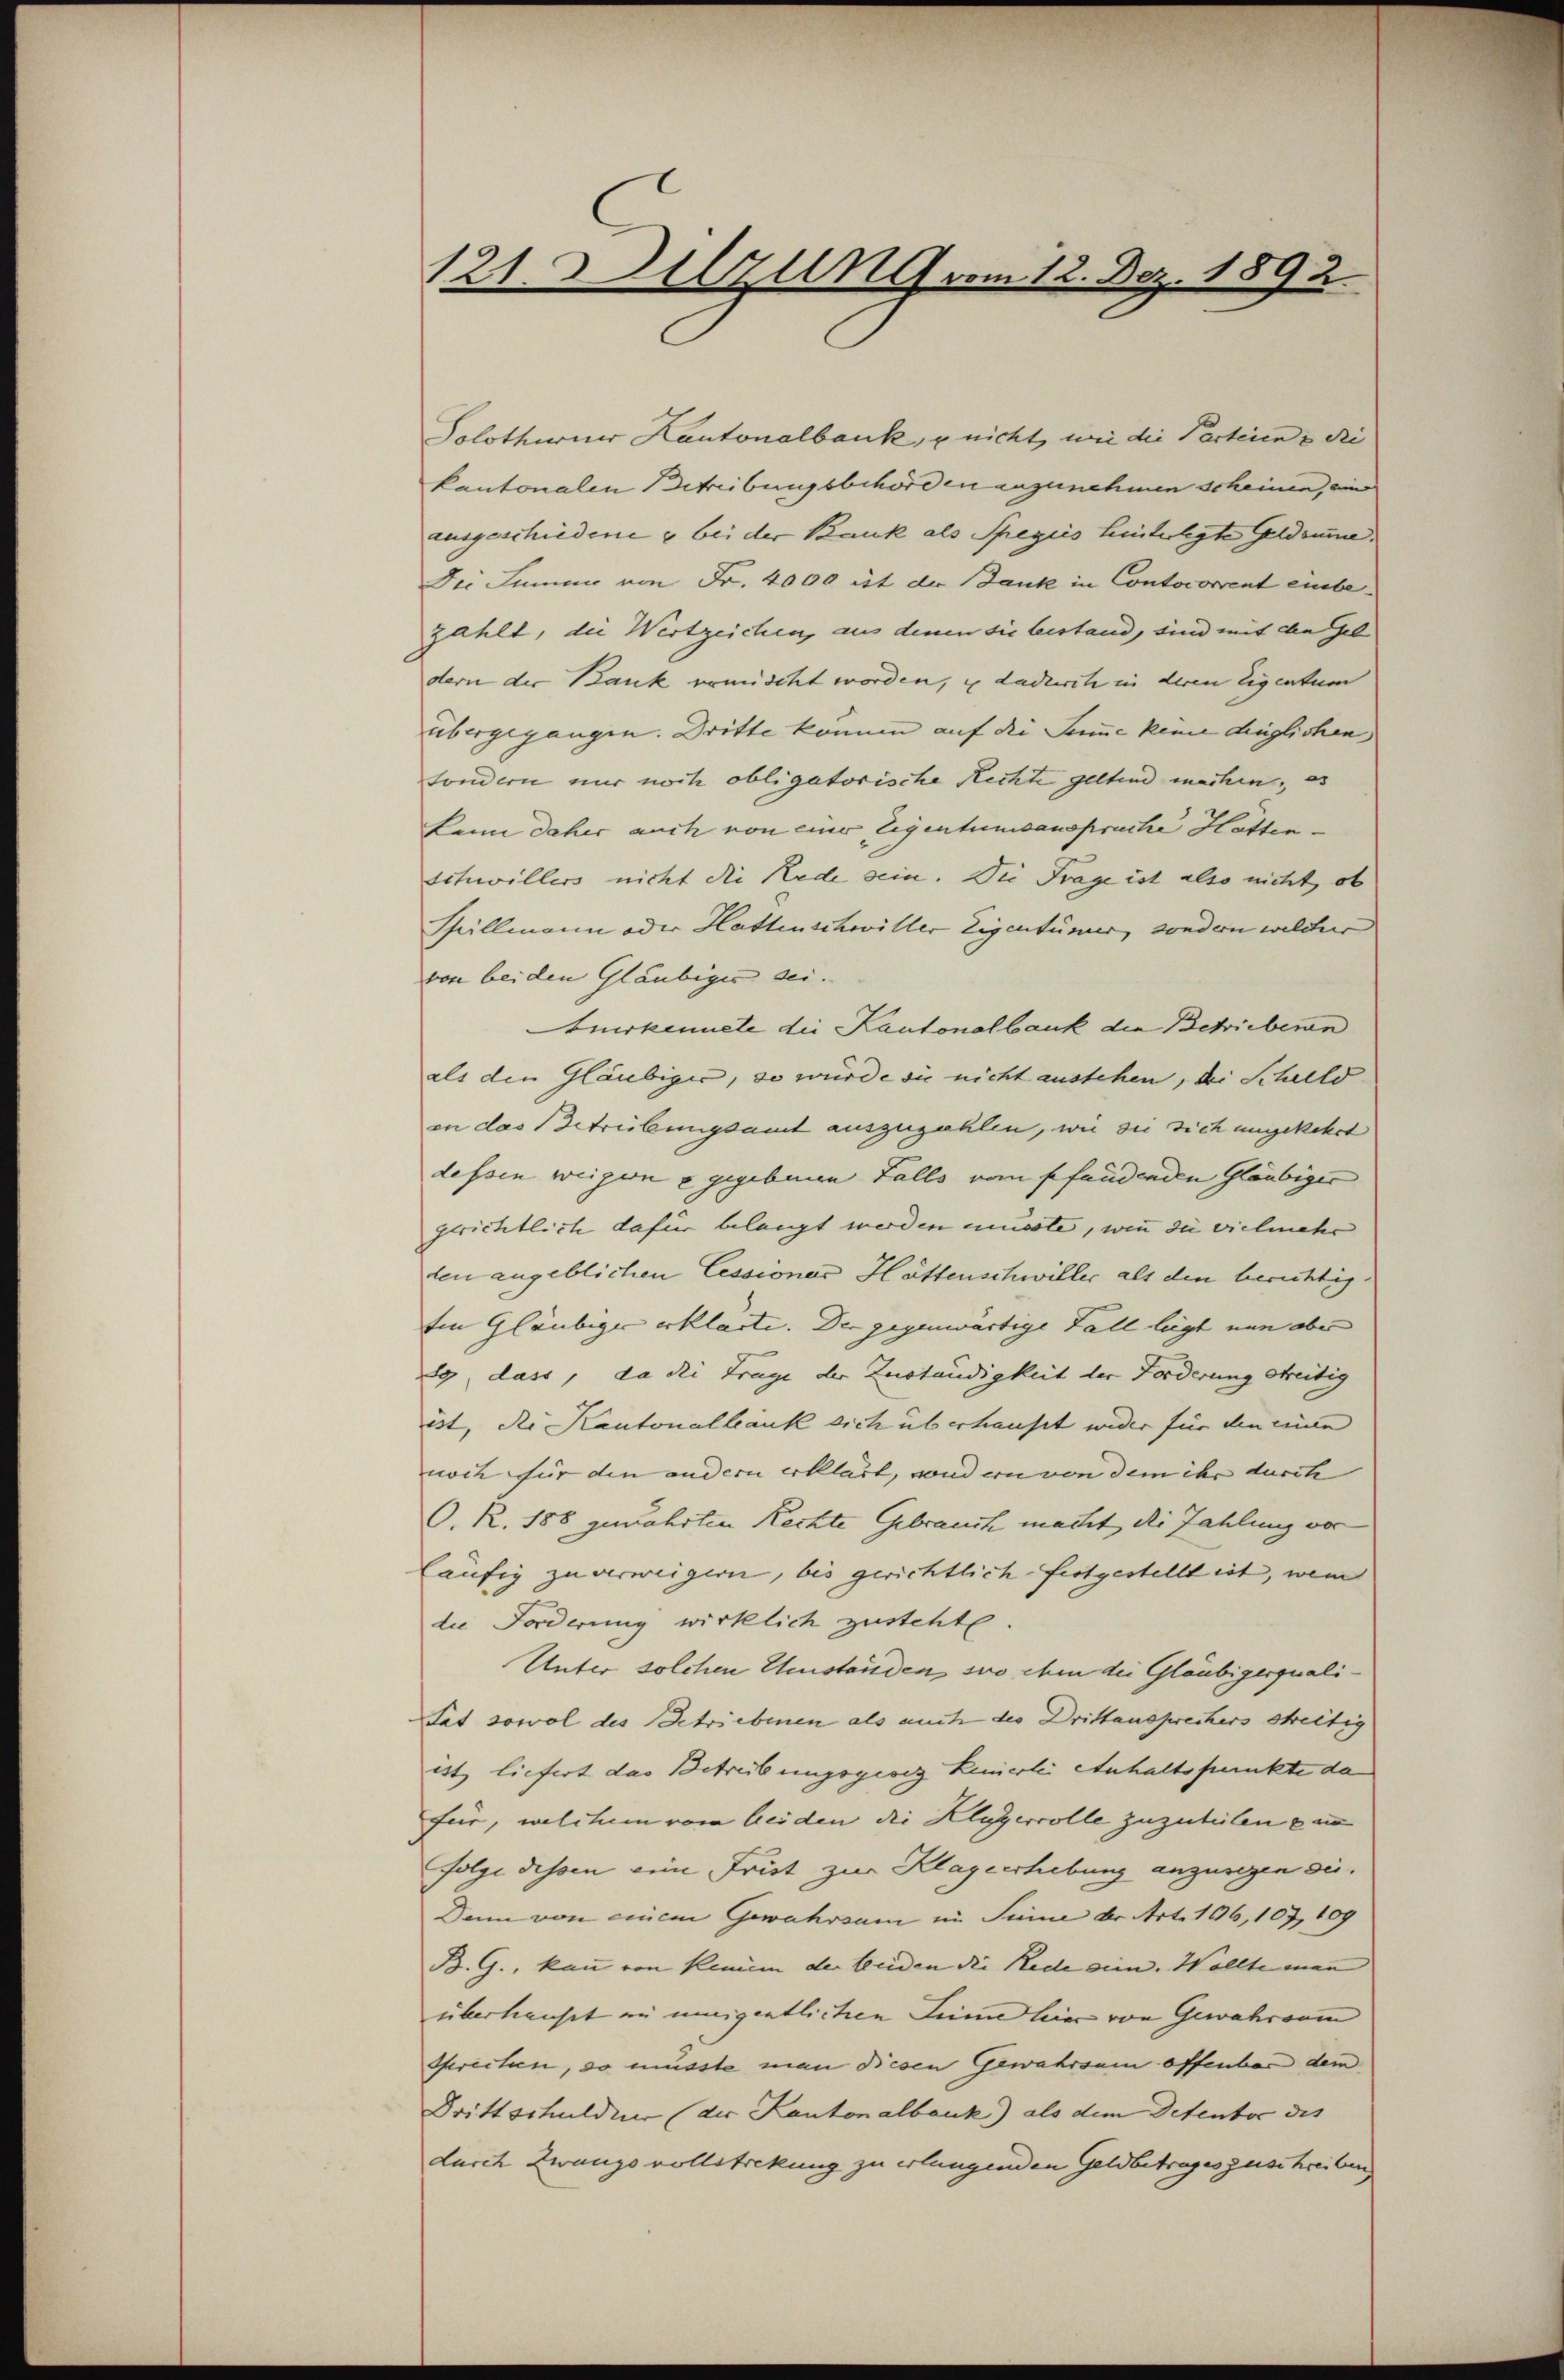
121lzung vom 12. Dez. 1892.

Solothurner Kantonalbank, u nicht, wie die Parteien & di
kantonalen Betreibungsbehörden anzunehmen scheinen, ein
ausgeschiedene & bei der Bank als Spegiis hinterlegte Geldsume.
Der Summe von Fr. 4000 ist der Bank in Contocorrent embe
zahlt, die Wertzeichen, aus denen sie bestand, sind mit den Gel
dern der Bank verscht worden, in dadurch in deren Eigentum
übergegangen. Dritte können auf die Summe keine dinglichen
fondern nur noch obligatorische Rechte geltend machen, es
kann daher auch von einer Eigentumsanspruche Hötten.
Schwillers nicht die Rede sein. Die Frage ist also nicht, ob
Sillmann oder Hattenschwiller Eigentümer, sondern welcher
von bei den Gläubiges sei.
Anerkennete die Kantonalbank die Schriebern
als den Gläubiger, so würde sie nicht austehen, bei Schuld
in das Betreibungsamt auszuzahlen, wie sie sich umgekehrt
dessen weigerne gegebenen Falls vom Pfandenden Gläubiger
gerichtlich dafür belangt werden musste, wenn die vielmehr
den angeblichen Cessionar Hättenschwiller als den berichtig
Ein Gläubiger erklärte. Der gegenwärtige Fall liegt nun aber
89, dass, da die Trage der Zuständigkeit der Forderung streitig
ist, die Kantonalbank sich überhauset wider für den einen
noch für den andern erklärt, sondern von dem ihr durch
O. R. 188 gewährten Rechte Gebrauch macht, die Zahlung vor
läufig zu verweigern, bis gerichtlich festgestellt ist, wen
die Forderung wirklich zusteht.
Unter solchen Umständen, so ihm die Gläubigerquali¬
Tat sowol des Betriebenen als auch der Drittansprechers streitig
est liefert das Betreibungsgesez kennerlei anhaltspunkte da
für, welchem vom beiden die Klugercolle zuzuteilen ein
Folge dessen eine Frist zur Klageerhebung anzusegen sie.
Dann von einem Gewahrsam im Sinne der Art. 106, 107, 109
B. G., kann von keinem der beiden die Rede sein. Wollte man |
überhauset in uneigentlichen Linne hier von Gewahrsam
sprechen, so musste man diesen Gewahrsam offenbar dem
Drittschuldner (der Kantonalbank) als dem Detentor des
durch Zwangsvollstrekung zu erlangenden Geldbetrages zuschreiben